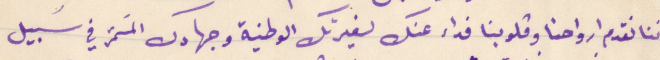
اننا نقدم ارواحنا وقلوبنا فداء عنك لغيرتك الوطنية وجهادك المسَتمر في سَبيل